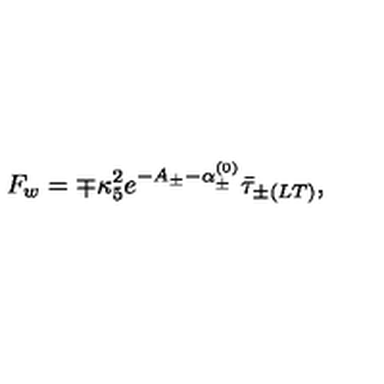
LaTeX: F _ { w } = \mp \kappa _ { 5 } ^ { 2 } e ^ { - A _ { \pm } - \alpha _ { \pm } ^ { ( 0 ) } } \bar { \tau } _ { \pm ( L T ) } ,